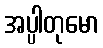
အပ္ပါတုမော